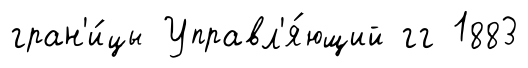
гран'и́цы Управл'я́ющий гг 1883